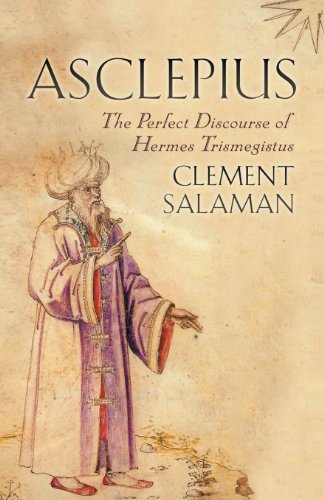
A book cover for Asclepius: The Perfect Discourse of Hermes Trismegistus; Clement Salaman; Literature & Fiction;